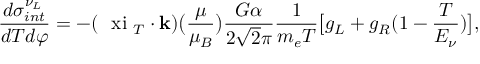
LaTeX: \frac { d \sigma _ { i n t } ^ { \nu _ { L } } } { d T d \varphi } = - ( \mathrm { \boldmath ~ \ x i ~ } _ { T } \cdot { \bf k } ) \big ( \frac { \mu } { \mu _ { B } } \big ) \frac { G \alpha } { 2 \sqrt { 2 } \pi } \frac { 1 } { m _ { e } T } \big [ g _ { L } + g _ { R } ( 1 - \frac { T } { E _ { \nu } } ) \big ] ,